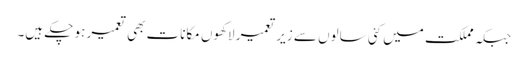
جبکہ مملکت میں کئی سالوں سے زیر تعمیر لاکھوں مکانات بھی تعمیر ہو چکے ہیں۔